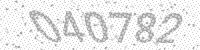
Solution: 040782